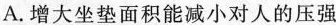
A.增大坐垫面积能减小对人的压强